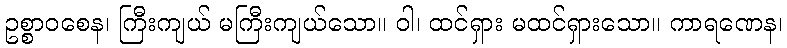
ဥစ္စာဝစေန၊ ကြီးကျယ် မကြီးကျယ်သော။ ဝါ၊ ထင်ရှား မထင်ရှားသော။ ကာရဏေန၊